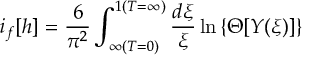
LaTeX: i _ { f } [ h ] = \frac { 6 } { \pi ^ { 2 } } \int _ { \infty ( T = 0 ) } ^ { 1 ( T = \infty ) } \frac { d \xi } { \xi } \ln \left\{ \Theta [ \cal { Y } ( \xi ) ] \right\}